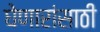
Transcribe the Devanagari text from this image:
घेणारांसाठी